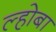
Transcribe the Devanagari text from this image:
ल्होबा